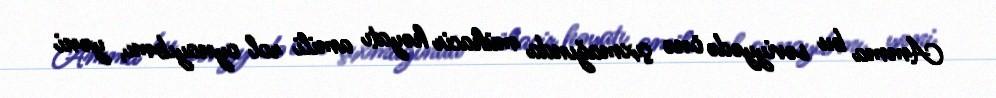
Amma bu səviyyədə önə çıxmağında mühacir həyatı amili rol oynayıbmı, yəni